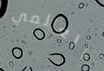
العالمي